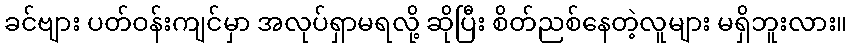
ခင်ဗျား ပတ်ဝန်းကျင်မှာ အလုပ်ရှာမရလို့ ဆိုပြီး စိတ်ညစ်နေတဲ့လူများ မရှိဘူးလား။